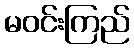
မဝင်းကြည်